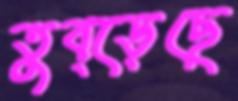
তুব্‌ড়েছে